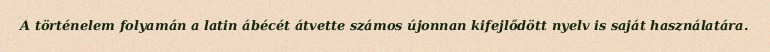
A történelem folyamán a latin ábécét átvette számos újonnan kifejlődött nyelv is saját használatára.